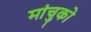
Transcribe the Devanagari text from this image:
मांचुको